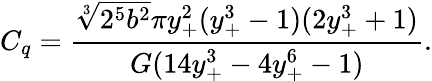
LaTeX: C_{q}=\frac{\sqrt[3]{2^{5}b^{2}}\pi y_{+}^{2}(y_{+}^{3}-1)(2y_{+}^{3}+1)}{G(14y_{+}^{3}-4y_{+}^{6}-1)}.